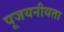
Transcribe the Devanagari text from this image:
पूजयनीयता